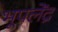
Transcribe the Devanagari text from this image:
भूपलेंद्र